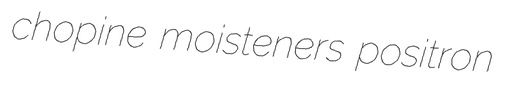
chopine moisteners positron